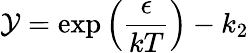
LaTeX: \mathcal{Y}=\exp\left({\frac{{\epsilon}}{{kT}}}\right)-k_{2}